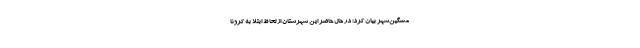
مشگین‌شهر بیان کرد: در حال حاضر این شهرستان از لحاظ ابتلا به کرونا